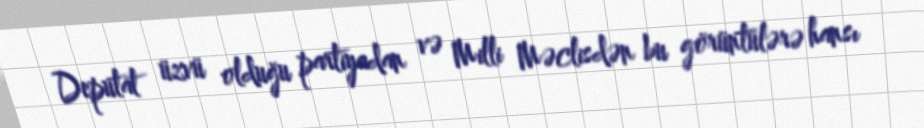
Deputat üzvü olduğu partiyadan və Milli Məclisdən bu görüntülərə hansı